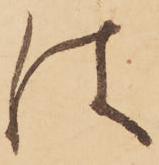
は